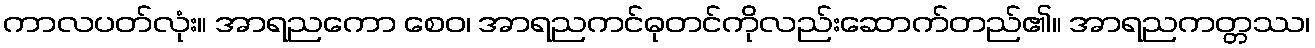
ကာလပတ်လုံး။ အာရညကော စေဝ၊ အာရညကင်ဓုတင်ကိုလည်းဆောက်တည်၏။ အာရညကတ္တဿ၊